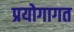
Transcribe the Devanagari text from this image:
प्रयोगागत